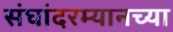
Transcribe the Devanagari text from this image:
संघांदरम्यानच्या